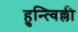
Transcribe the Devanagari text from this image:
हुन्त्विल्ली